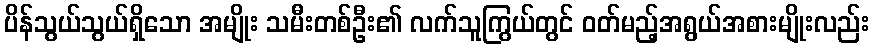
ပိန်သွယ်သွယ်ရှိသော အမျိုး သမီးတစ်ဦး၏ လက်သူကြွယ်တွင် ဝတ်မည့်အရွယ်အစားမျိုးလည်း